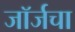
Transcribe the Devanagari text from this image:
जॉर्जचा